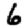
Digit: 6